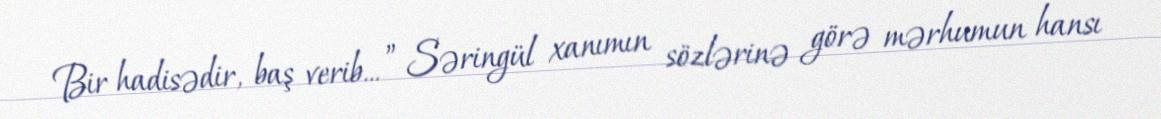
Bir hadisədir, baş verib... ” Səringül xanımın sözlərinə görə mərhumun hansı